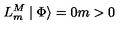
L _ { m } ^ { M } \mid \Phi \rangle = 0 m > 0